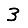
Digit: 3